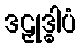
ဒဠှုဒ္ဓါပံ